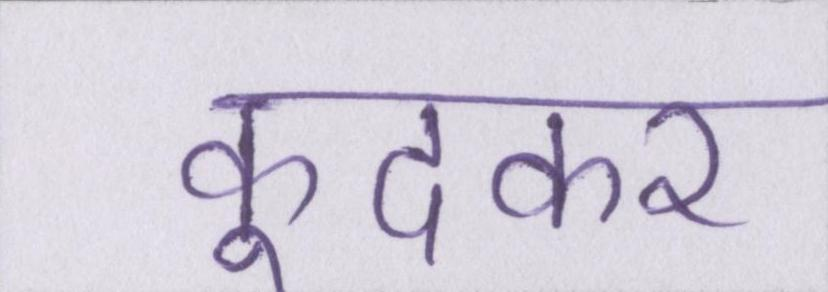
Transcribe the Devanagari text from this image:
कूदकर